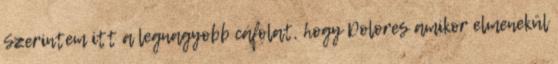
Szerintem itt a legnagyobb cáfolat, hogy Dolores amikor elmenekül